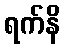
ရက်နိ